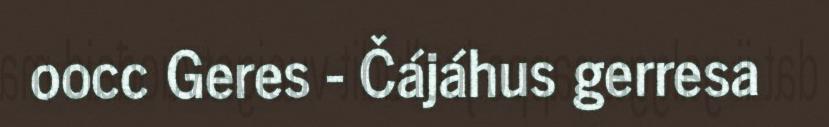
oocc Geres - Čájáhus gerresa